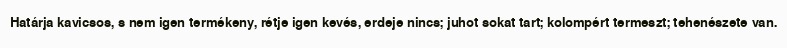
Határja kavicsos, s nem igen termékeny, rétje igen kevés, erdeje nincs; juhot sokat tart; kolompért termeszt; tehenészete van.